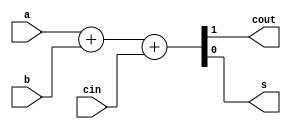
`timescale 1ps / 1ps
//////////////////////////////////////////////////////////////////////////////////
// Company: 
// 
// Design Name: 
// Module Name: full_add
// Project Name: 
// Target Devices: 
// Tool Versions: 
// Description: 
// 
// Dependencies: 
// 
// Revision:
// Revision 0.01 - File Created
// Additional Comments:
// 
//////////////////////////////////////////////////////////////////////////////////
module full_add(
    input a,
    input b,
    input cin,
    output cout,
    output s
);
    assign {cout, s} = a + b + cin;
endmodule